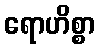
ရောဟိစ္စာ